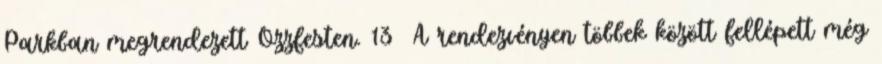
Parkban megrendezett Ozzfesten. 13 A rendezvényen többek között fellépett még